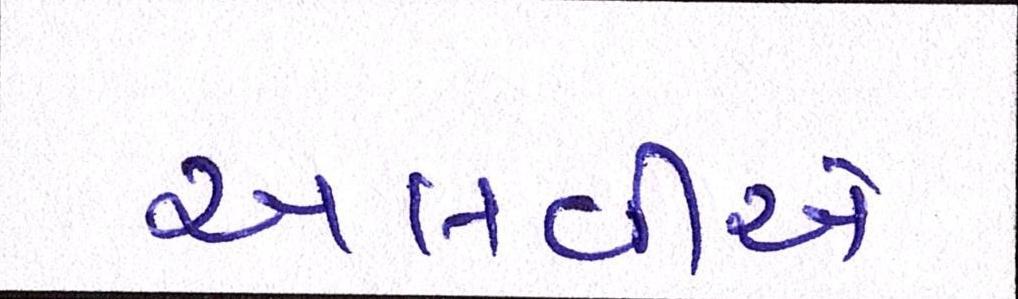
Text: અલવીએ